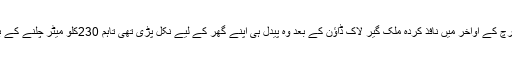
واضح رہے کہ مارچ کے اواخر میں نافذ کردہ ملک گیر لاک ڈاؤن کے بعد وہ پیدل ہی اپنے گھر کے لیے نکل پڑی تھی تاہم 230کلو میٹر چلنے کے بعد وہ بیمار پڑگی۔